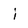
Character: i